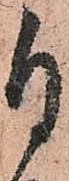
自